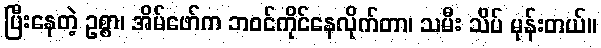
ပြီးနေတဲ့ ဥစ္စာ၊ အိမ်ဖော်က ဘဝင်ကိုင်နေလိုက်တာ၊ သမီး သိပ် မုန်းတယ်။